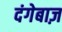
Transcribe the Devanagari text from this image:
दंगेबाज़